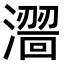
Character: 𣿠